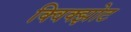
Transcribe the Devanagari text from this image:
क्विक्झोट